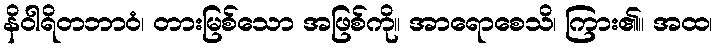
နိဝါရိတဘာဝံ၊ တားမြစ်သော အဖြစ်ကို။ အာရောစေသိ၊ ကြား၏။ အထ၊